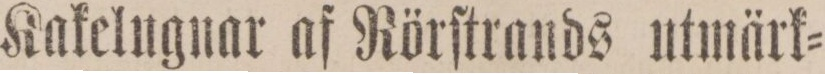
Kakelugnar af Rörſtrands utmärk=